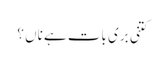
کتنی بری بات ہے ناں ؟